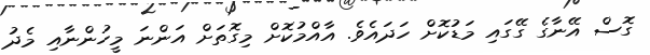
ގޮސް އޭނާގެ ގޭގައި މަޑުކޮށް ހަދައެވެ. އާއްމުކޮށް މިގޮތަށް އަންނަ މީހުންނާއި މެދު